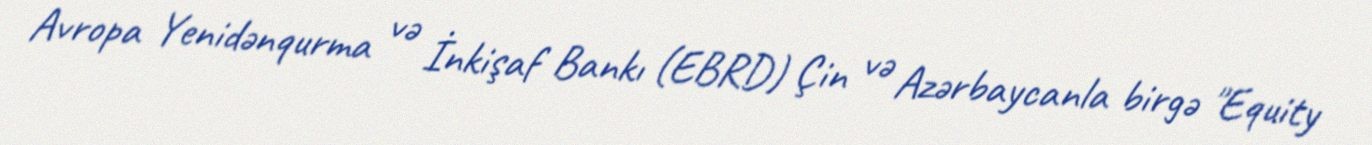
Avropa Yenidənqurma və İnkişaf Bankı (EBRD) Çin və Azərbaycanla birgə "Equity